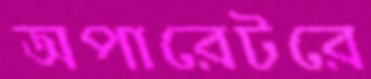
অপারেটরে